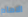
الامام